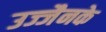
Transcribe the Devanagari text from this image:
उज्जैनके